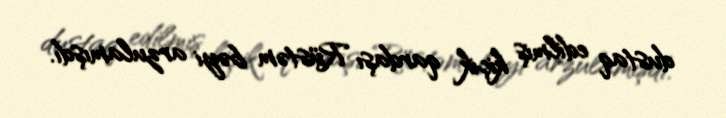
dustaq edilmiş kiçik qardaşı Rüstəm bəyi arzulamışdı.